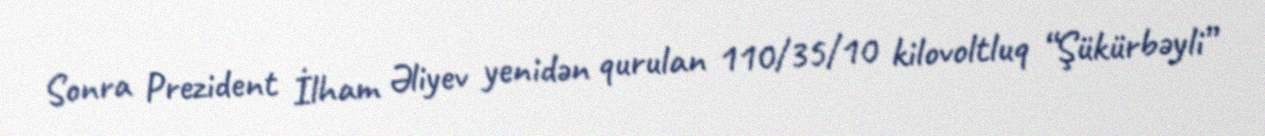
Sonra Prezident İlham Əliyev yenidən qurulan 110/35/10 kilovoltluq “Şükürbəyli”